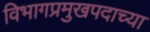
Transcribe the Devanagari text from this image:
विभागप्रमुखपदाच्या